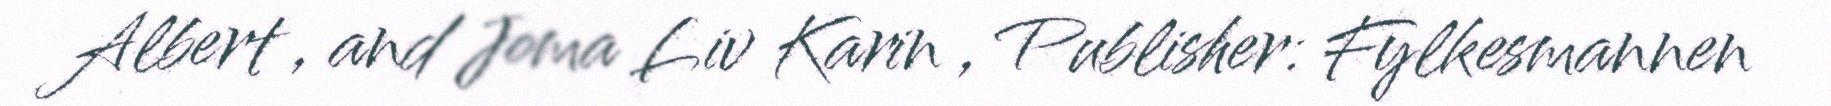
Albert , and Joma Liv Karin , Publisher: Fylkesmannen